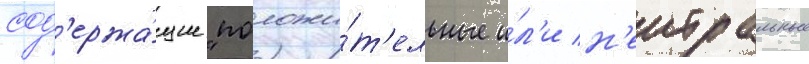
сод'ержа́щие "положи́т'ельные и́л'и н'еитральные